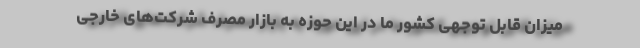
میزان قابل توجهی کشور ما در این حوزه به بازار مصرف شرکت‌های خارجی